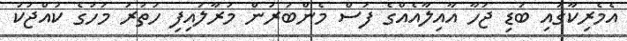
އެމެރިކާގައި ބަޑި ޖަހާ އާއިލާއެއްގެ ފަސް މެންބަރުން މަރާލައިފި ހަތަރު މަހުގެ ކުއްޖަކު